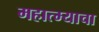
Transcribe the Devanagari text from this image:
महात्म्याचा